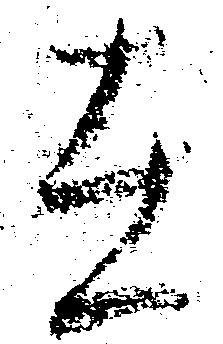
在